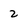
Character: 2